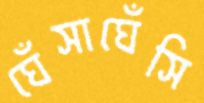
ঘেঁসাঘেঁসি